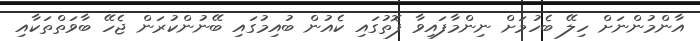
އާންމުންނަށް ހިލޭ ބެހުމަށް ނިންމާފައިވާ ފޮތުގައި ކެއުން ބުއިމުގައި ބޭނުންކުރަން ޖެހޭ ބާވަތްތަކާއި